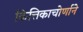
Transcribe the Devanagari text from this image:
कित्तिकाचोर्णाने